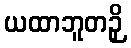
ယထာဘူတဉှိ